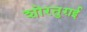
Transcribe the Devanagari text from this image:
शोरतुग़ई